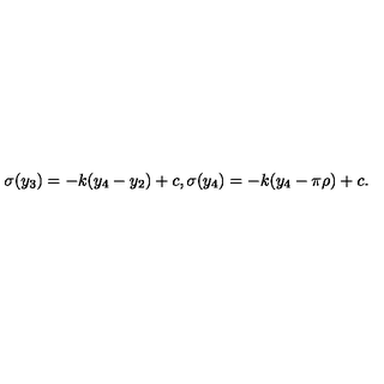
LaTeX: \sigma ( y _ { 3 } ) = - k ( y _ { 4 } - y _ { 2 } ) + c , \sigma ( y _ { 4 } ) = - k ( y _ { 4 } - \pi \rho ) + c . \,